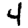
Digit: 4